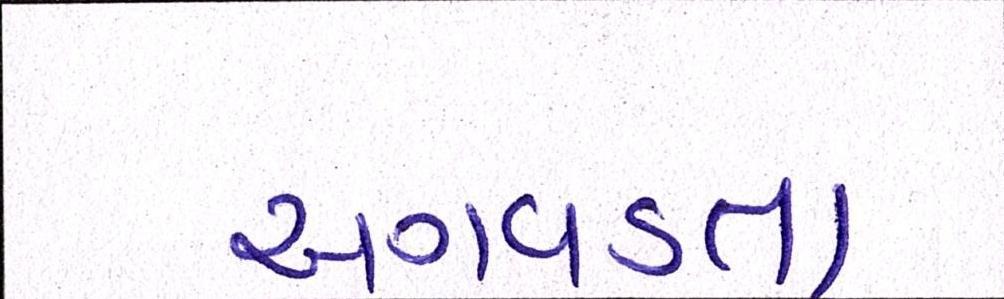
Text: અગવડતા